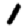
Digit: 1